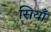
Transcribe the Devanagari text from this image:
सियाँ